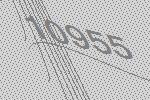
10955